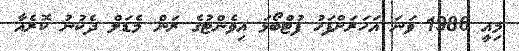
މިއީ 1986 ވަނަ އަހަރަށްފަހު ފުޓްބޯޅަ އިވެންޓުގެ ރަން މެޑަލް ދެކުނު ކޮރެއާ